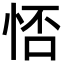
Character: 㤳